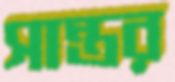
সান্তর